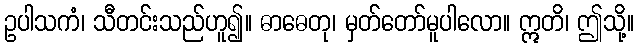
ဥပါသကံ၊ သီတင်းသည်ဟူ၍။ ဓာဓေတု၊ မှတ်တော်မူပါလော။ ဣတိ၊ ဤသို့။